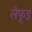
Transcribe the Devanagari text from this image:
लैफूइ